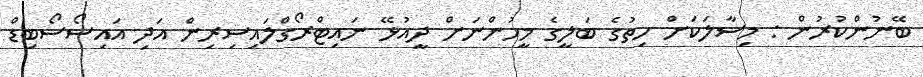
ބޭނުންކުރުން : މިސާލަކަށް ހިތުގެ ބަލީގެ މީހުންނަށް ދީއުޅޭ ނައިޓްރޯގްލައިސިރިން އަދި އައިސޯސޯބިޑް